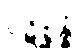
ပဋိစ္ဆန္နံ